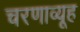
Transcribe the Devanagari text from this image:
चरणाव्यूह